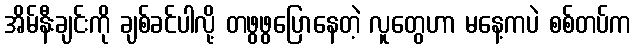
အိမ်နီးချင်းကို ချစ်ခင်ပါလို့ တဖွဖွပြောနေတဲ့ လူတွေဟာ မနေ့ကပဲ စစ်တပ်က